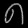
Digit: ၈